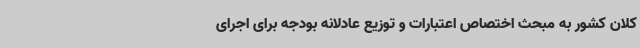
کلان کشور به مبحث اختصاص اعتبارات و توزیع عادلانه بودجه برای اجرای